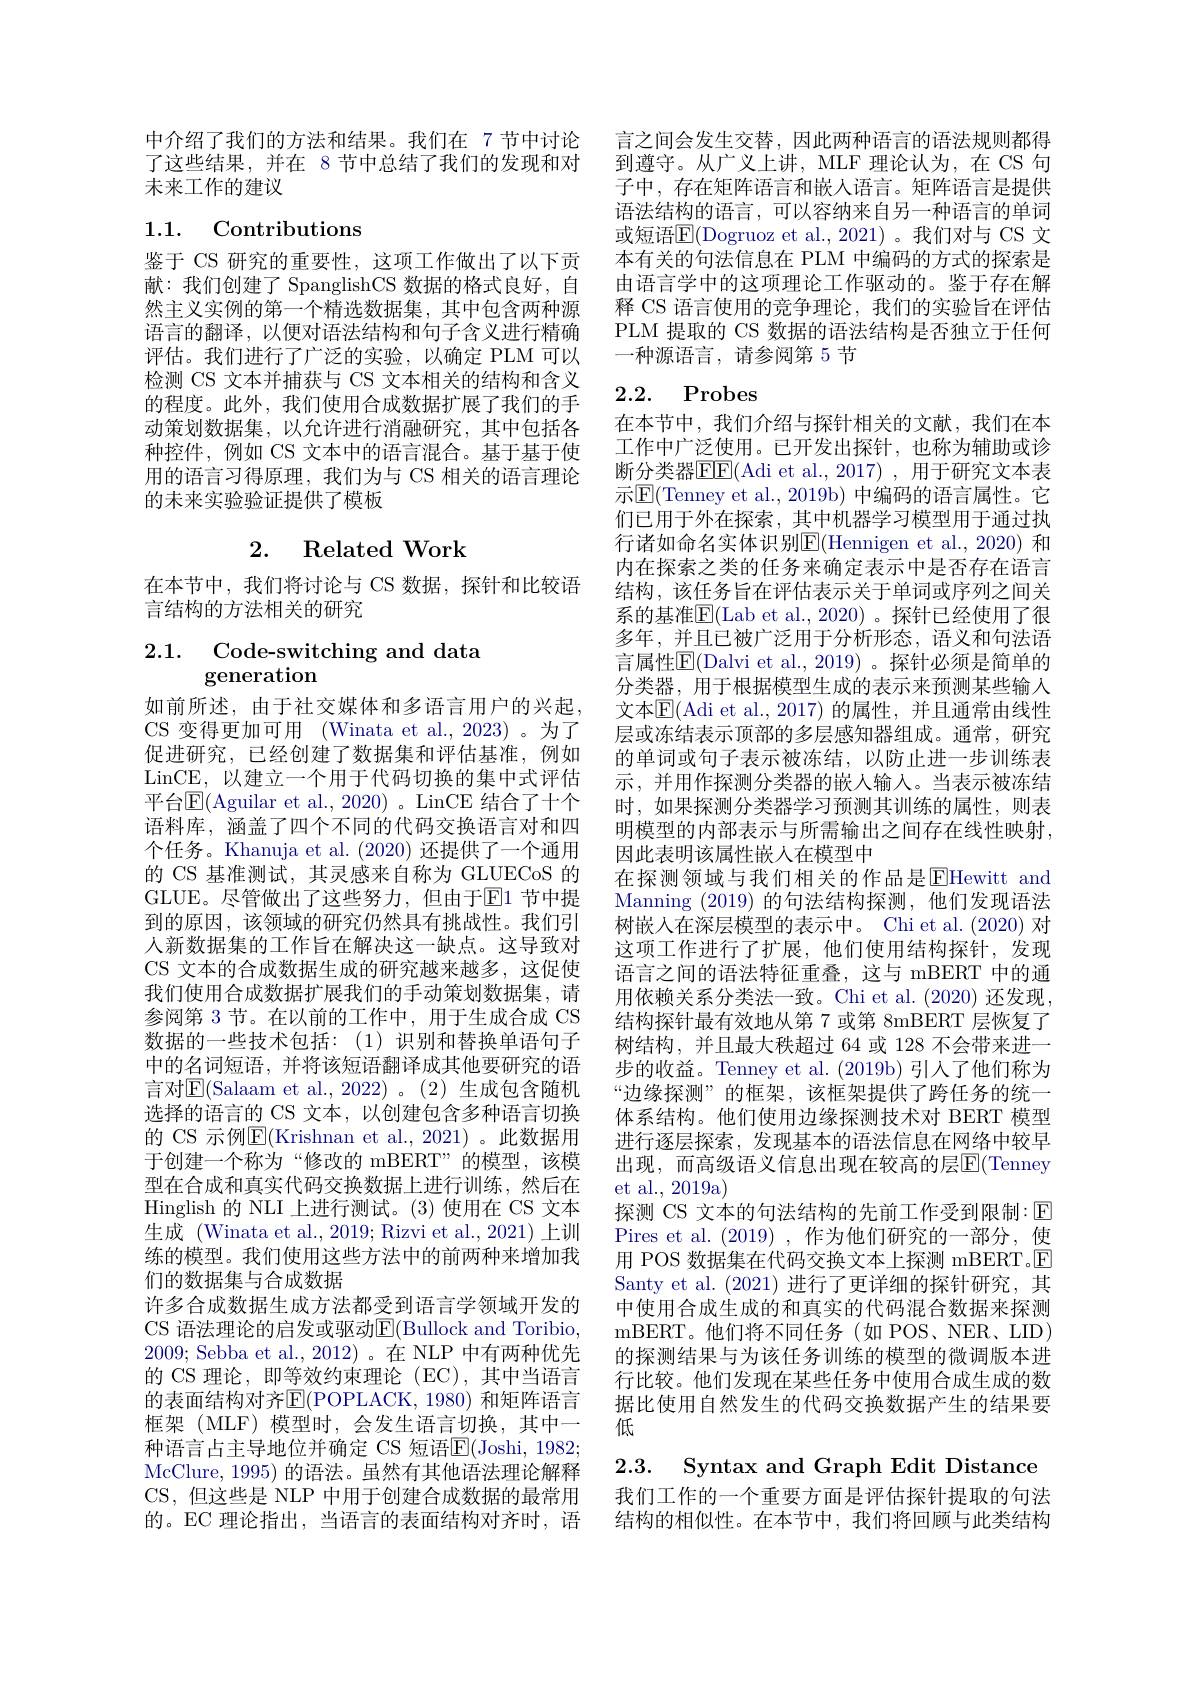
中介绍了我们的方法和结果。我们在 7 节中讨论了这些结果，并在 8节中总结了我们的发现和对未来工作的建议

## 1.1. Contributions

鉴于 CS 研究的重要性，这项工作做出了以下贡献：我们创建了 SpanglishCS 数据的格式良好，自然主义实例的第一个精选数据集，其中包含两种源语言的翻译，以便对语法结构和句子含义进行精确评估。我们进行了广泛的实验，以确定 PLM 可以检测 CS 文本并捕获与 CS 文本相关的结构和含义的程度。此外，我们使用合成数据扩展了我们的手动策划数据集，以允许进行消融研究，其中包括各种控件，例如 CS 文本中的语言混合。基于基于使用的语言习得原理，我们为与 CS 相关的语言理论的未来实验验证提供了模板

## 2. Related Work

在本节中，我们将讨论与 CS 数据，探针和比较语
言结构的方法相关的研究

# 2.1. Code-switching and data generation

如前所述，由于社交媒体和多语言用户的兴起CS 变得更加可用 (Winata et al.,2023) 。为了促进研究，已经创建了数据集和评估基准，例如LinCE, 以建立一个用于代码切换的集中式评估平台$\overline{\mathbb{E}}($Aguilar et al., 2020)。LinCE 结合了十个语料库，涵盖了四个不同的代码交换语言对和四个任务。Khanuja et al. (2020)还提供了一个通用的 CS 基准测试，其灵感来自称为 GLUECoS 的GLUE。尽管做出了这些努力，但由于$\mathbb{E}$1 节中提到的原因，该领域的研究仍然具有挑战性。我们引人新数据集的工作旨在解决这一缺点。这导致对CS 文本的合成数据生成的研究越来越多，这促使我们使用合成数据扩展我们的手动策划数据集，请参阅第 3 节。在以前的工作中，用于生成合成 CS 数据的一些技术包括：(1)识别和替换单语句子中的名词短语，并将该短语翻译成其他要研究的语言对$\mathbb{E}($Salaam et al.,2022)。(2)生成包含随机选择的语言的 CS 文本，以创建包含多种语言切换的 CS 示例E(Krishnan et al.,2021)。此数据用于创建一个称为“修改的 mBERT”的模型，该模型在合成和真实代码交换数据上进行训练，然后在Hinglish 的 NLI 上进行测试。(3)使用在 CS 文本生成 (Winata et al., 2019; Rizvi et al., 2021) 上训练的模型。我们使用这些方法中的前两种来增加我们的数据集与合成数据
许多合成数据生成方法都受到语言学领域开发的CS 语法理论的启发或驱动E(Bullock and Toribio, 2009; Sebba et al., 2012)。在 NLP 中有两种优先的 CS 理论，即等效约束理论 (EC),其中当语言的表面结构对齐$\operatorname{E}($POPLACK, 1980) 和矩阵语言框架(MLF)模型时，会发生语言切换，其中一种语言占主导地位并确定 CS 短语$\mathbb{E}($Joshi, 1982; McClure, 1995) 的语法。虽然有其他语法理论解释CS,但这些是 NLP 中用于创建合成数据的最常用的。EC 理论指出，当语言的表面结构对齐时，语

言之间会发生交替，因此两种语言的语法规则都得到遵守。从广义上讲，MLF 理论认为，在 CS 句子中，存在矩阵语言和嵌人语言。矩阵语言是提供语法结构的语言，可以容纳来自另一种语言的单词或短语$\mathbb{E}($Dogruoz et al.,2021)。我们对与 CS 文本有关的句法信息在 PLM 中编码的方式的探索是由语言学中的这项理论工作驱动的。鉴于存在解释 CS 语言使用的竞争理论，我们的实验旨在评估PLM 提取的 CS 数据的语法结构是否独立于任何一种源语言、请参阅第 5 节

# 2.2. Probes

在本节中，我们介绍与探针相关的文献，我们在本工作中广泛使用。已开发出探针，也称为辅助或诊断分类器$\boxed{\mathrm{F}}$E(Adi et al., 2017) , 用于研究文本表示$\mathbb{E}($Tenney et al., 2019b) 中编码的语言属性。它们已用于外在探索，其中机器学习模型用于通过执行诸如命名实体识别$\mathbb{E}($Hennigen et al.,2020) 和内在探索之类的任务来确定表示中是否存在语言结构，该任务旨在评估表示关于单词或序列之间关系的基准$\mathbb{E}($Lab et al.,2020)。探针已经使用了很多年，并且已被广泛用于分析形态，语义和句法语言属性$\underline{\mathrm{E}}($Dalvi et al.,2019)。探针必须是简单的分类器，用于根据模型生成的表示来预测某些输入文本$\mathbb{E}($Adi et al.,2017)的属性，并且通常由线性层或冻结表示顶部的多层感知器组成。通常，研究的单词或句子表示被冻结，以防止进一步训练表示，并用作探测分类器的嵌人输入。当表示被冻结时，如果探测分类器学习预测其训练的属性，则表明模型的内部表示与所需输出之间存在线性映射， 因此表明该属性嵌人在模型中
在探测领域与我们相关的作品是$\operatorname{EHewitt}$ and Manning (2019)的句法结构探测，他们发现语法树嵌入在深层模型的表示中。Chi et al. (2020) 对这项工作进行了扩展，他们使用结构探针，发现语言之间的语法特征重叠，这与 mBERT 中的通用依赖关系分类法一致。Chi et al.(2020) 还发现， 结构探针最有效地从第 7 或第 8mBERT 层恢复了树结构，并且最大秩超过 64 或 128 不会带来进一步的收益。Tenney et al. (2019b) 引入了他们称为“边缘探测”的框架，该框架提供了跨任务的统一体系结构。他们使用边缘探测技术对 BERT 模型进行逐层探索，发现基本的语法信息在网络中较早出现，而高级语义信息出现在较高的层$\overline{\mathrm{E}}($Tenney et al., 2019a)
探测 CS 文本的句法结构的先前工作受到限制：$\color{#c00}{\mathrm{E}}$ Pires et al. (2019) ,作为他们研究的一部分，使用 POS 数据集在代码交换文本上探测 mBERT.$\square$ Santy et al. (2021) 进行了更详细的探针研究，其中使用合成生成的和真实的代码混合数据来探测mBERT。他们将不同任务(如 POS、NER、LID) 的探测结果与为该任务训练的模型的微调版本进行比较。他们发现在某些任务中使用合成生成的数据比使用自然发生的代码交换数据产生的结果要低
2.3. Syntax and Graph Edit Distance

我们工作的一个重要方面是评估探针提取的句法结构的相似性。在本节中，我们将回顾与此类结构